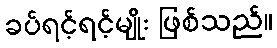
ခပ်ရင့်ရင့်မျိုး ဖြစ်သည်။